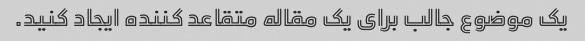
یک موضوع جالب برای یک مقاله متقاعد کننده ایجاد کنید.